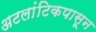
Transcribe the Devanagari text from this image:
अटलांटिकपासून